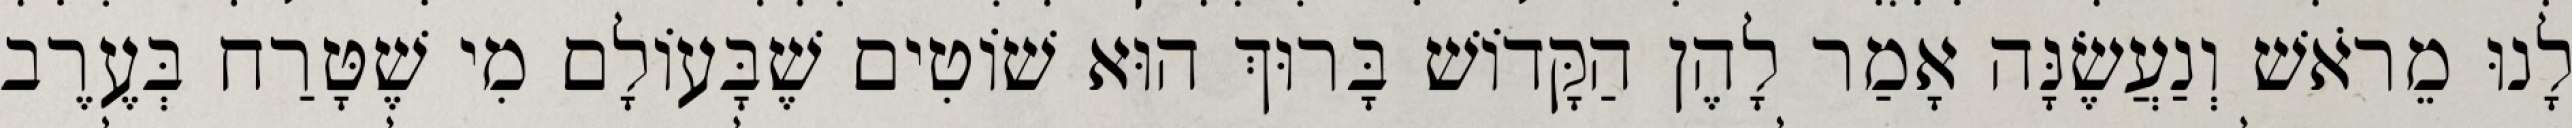
לָנוּ מֵרֹאשׁ וְנַעֲשֶׂנָּה אָמַר לָהֶן הַקָּדוֹשׁ בָּרוּךְ הוּא שׁוֹטִים שֶׁבָּעוֹלָם מִי שֶׁטָּרַח בְּעֶרֶב